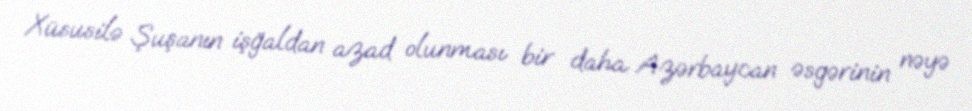
Xüsusilə Şuşanın işğaldan azad olunması bir daha Azərbaycan əsgərinin nəyə